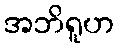
အဘိရူဟ